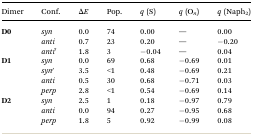
<table><thead><tr><td><b>Dimer</b></td><td><b>Conf.</b></td><td><b>Δ<i>E</i></b></td><td><b>Pop.</b></td><td><b><i>q</i> (S)</b></td><td><b><i>q</i> (O<sub><i>n</i></sub>)</b></td><td><b><i>q</i> (Naph<sub>2</sub>)</b></td></tr></thead><tbody><tr><td rowspan="3"><b>D0</b></td><td><i>syn</i></td><td>0.0</td><td>74</td><td>0.00</td><td>—</td><td>0.00</td></tr><tr><td><i>anti</i></td><td>0.7</td><td>23</td><td>0.20</td><td>—</td><td>–0.20</td></tr><tr><td><i>anti</i>′</td><td>1.8</td><td>3</td><td>–0.04</td><td>—</td><td>0.04</td></tr><tr><td rowspan="4"><b>D1</b></td><td><i>syn</i></td><td>0.0</td><td>69</td><td>0.68</td><td>–0.69</td><td>0.01</td></tr><tr><td><i>syn</i>′</td><td>3.5</td><td>&lt;1</td><td>0.48</td><td>–0.69</td><td>0.21</td></tr><tr><td><i>anti</i></td><td>0.5</td><td>30</td><td>0.68</td><td>–0.71</td><td>0.03</td></tr><tr><td><i>perp</i></td><td>2.8</td><td>&lt;1</td><td>0.54</td><td>–0.69</td><td>0.14</td></tr><tr><td rowspan="3"><b>D2</b></td><td><i>syn</i></td><td>2.5</td><td>1</td><td>0.18</td><td>–0.97</td><td>0.79</td></tr><tr><td><i>anti</i></td><td>0.0</td><td>94</td><td>0.27</td><td>–0.95</td><td>0.68</td></tr><tr><td><i>perp</i></td><td>1.8</td><td>5</td><td>0.92</td><td>–0.99</td><td>0.08</td></tr></tbody></table>